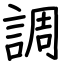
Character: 調